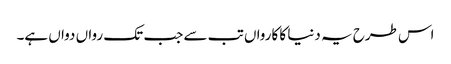
اس طرح یہ دنیا کا کارواں تب سے جب تک رواں دواں ہے۔